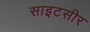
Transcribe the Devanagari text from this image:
साइटसीर